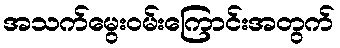
အသက်မွေးဝမ်းကြောင်းအတွက်